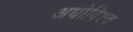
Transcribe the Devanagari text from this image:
अधोविश्व